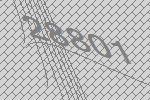
28801